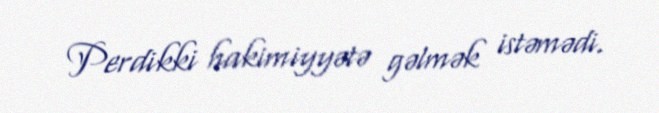
Perdikki hakimiyyətə gəlmək istəmədi.